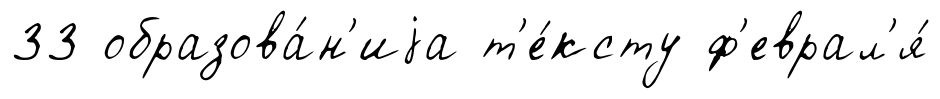
33 образова́н'иjа т'е́ксту ф'еврал'я́